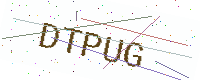
Text: DTPUG